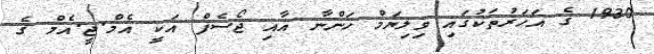
1930 ގެ އަހަރުތަކުގައި ވިލިޔަމް ހަންނާ އާއި ޖޯސެފް އަކީ އެމް.ޖީ.އެމް ގެ